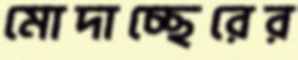
মোদাচ্ছেরের